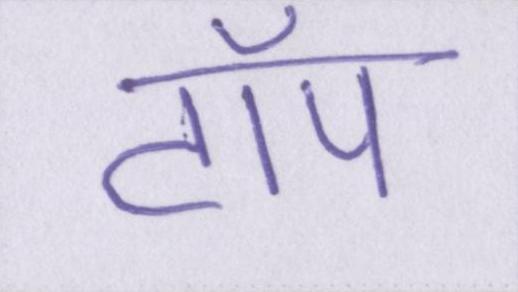
टॉप